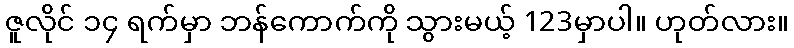
ဇူလိုင် ၁၄ ရက်မှာ ဘန်ကောက်ကို သွားမယ့် 123မှာပါ။ ဟုတ်လား။